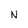
Character: N